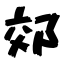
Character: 郊